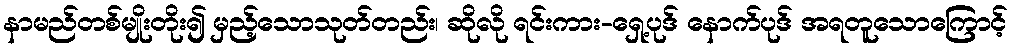
နာမည်တစ်မျိုးတိုး၍ မှည့်သောသုတ်တည်း၊ ဆိုလို ရင်းကား-ရှေ့ပုဒ် နောက်ပုဒ် အရတူသောကြောင့်